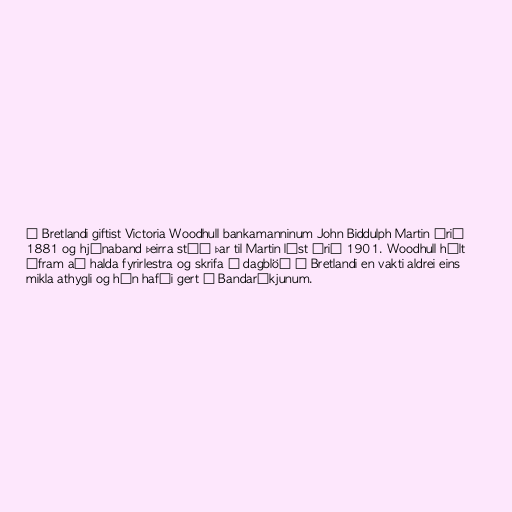
Í Bretlandi giftist Victoria Woodhull bankamanninum John Biddulph Martin árið
1881 og hjónaband þeirra stóð þar til Martin lést árið 1901. Woodhull hélt
áfram að halda fyrirlestra og skrifa í dagblöð í Bretlandi en vakti aldrei eins
mikla athygli og hún hafði gert í Bandaríkjunum.